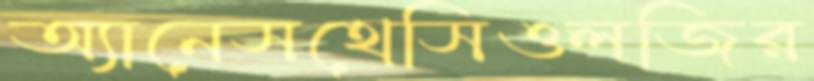
অ্যানেসথেসিওলজির